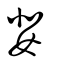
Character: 婓